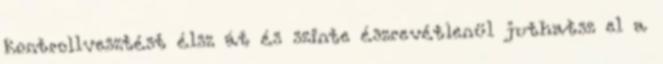
kontrollvesztést élsz át és szinte észrevétlenül juthatsz el a